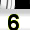
Digit: 6